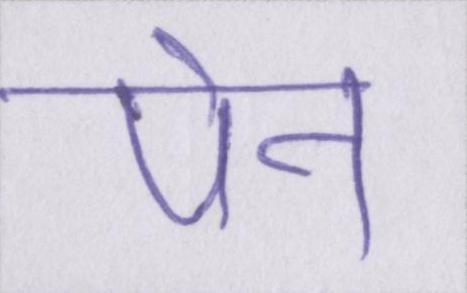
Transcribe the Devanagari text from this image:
पेन